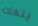
ينفك